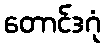
တောင်ဒဂုံ